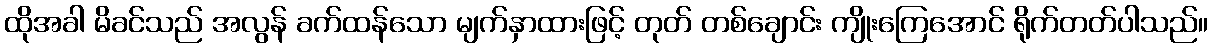
ထိုအခါ မိခင်သည် အလွန် ခက်ထန်သော မျက်နှာထားဖြင့် တုတ် တစ်ချောင်း ကျိုးကြေအောင် ရိုက်တတ်ပါသည်။